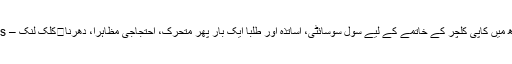
عبید اللہ	سندھ میں کاپی کلچر کے خاتمے کے لیے سول سوسائٹی، اساتذہ اور طلبا ایک بار پھر متحرک، احتجاجی مظاہرا، دھرنا	کلک لنک – Click Links